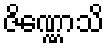
ဇိဏ္ဏောသိ